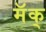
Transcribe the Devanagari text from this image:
मॅक्